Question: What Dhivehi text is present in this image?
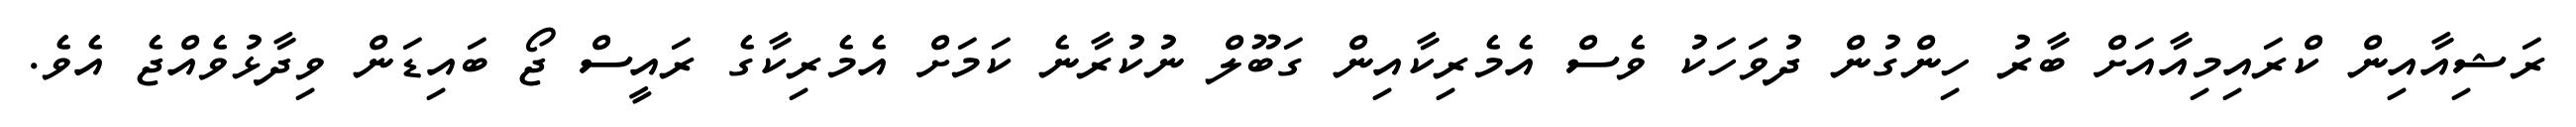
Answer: ރަޝިއާއިން ކްރައިމިއާއަށް ބާރު ހިންގުން ދުވަހަކު ވެސް އެމެރިކާއިން ގަބޫލް ނުކުރާނެ ކަމަށް އެމެރިކާގެ ރައީސް ޖޯ ބައިޑަން ވިދާޅުވެއްޖެ އެވެ.